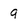
Character: 9